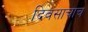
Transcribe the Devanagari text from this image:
दिवसाचाच